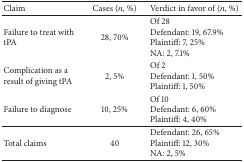
<table><thead><tr><td><b>Claim</b></td><td><b>Cases (<i>n</i>, %)</b></td><td><b>Verdict in favor of (<i>n</i>, %)</b></td></tr></thead><tbody><tr><td>Failure to treat with tPA</td><td> 28, 70%</td><td>Of 28Defendant: 19, 67.9% Plaintiff: 7, 25%NA: 2, 7.1%</td></tr><tr><td>Complication as a result of giving tPA</td><td>2, 5%</td><td>Of 2Defendant: 1, 50%Plaintiff: 1, 50%</td></tr><tr><td>Failure to diagnose</td><td>10, 25%</td><td>Of 10Defendant: 6, 60%Plaintiff: 4, 40%</td></tr><tr><td>Total claims</td><td>40</td><td>Defendant: 26, 65%Plaintiff: 12, 30%NA: 2, 5%</td></tr></tbody></table>